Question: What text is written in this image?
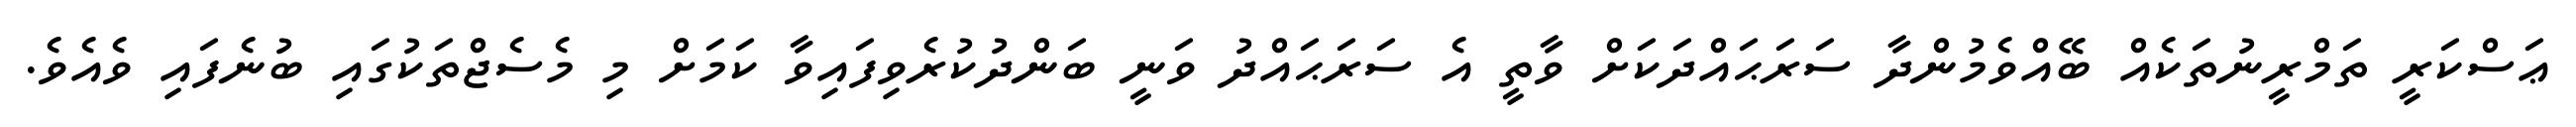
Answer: ޢަސްކަރީ ތަމްރީނުތަކެއް ބޭއްވެމުންދާ ސަރަޙައްދަކަށް ވާތީ އެ ސަރަޙައްދު ވަނީ ބަންދުކުރެވިފައިވާ ކަމަށް މި މެސެޖްތަކުގައި ބުނެފައި ވެއެވެ.